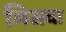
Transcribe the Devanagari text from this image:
मिसवा